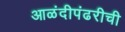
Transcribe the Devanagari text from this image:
आळंदीपंढरीची